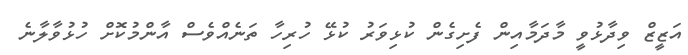
އަޒީޒް ވިދާޅުވީ މާދަމާއިން ފެށިގެން ކުޅިވަރު ކުޅޭ ހުރިހާ ތަނެއްވެސް އާންމުކޮށް ހުޅުވާލާނެ